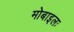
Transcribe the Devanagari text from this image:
मोबाइलः